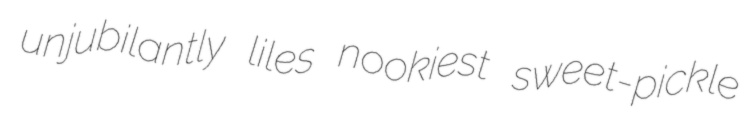
unjubilantly liles nookiest sweet-pickle